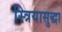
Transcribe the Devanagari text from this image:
स्त्रियासुद्धा